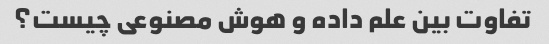
تفاوت بین علم داده و هوش مصنوعی چیست؟